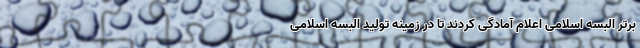
برتر البسه اسلامی اعلام آمادگی کردند تا در زمینه تولید البسه اسلامی